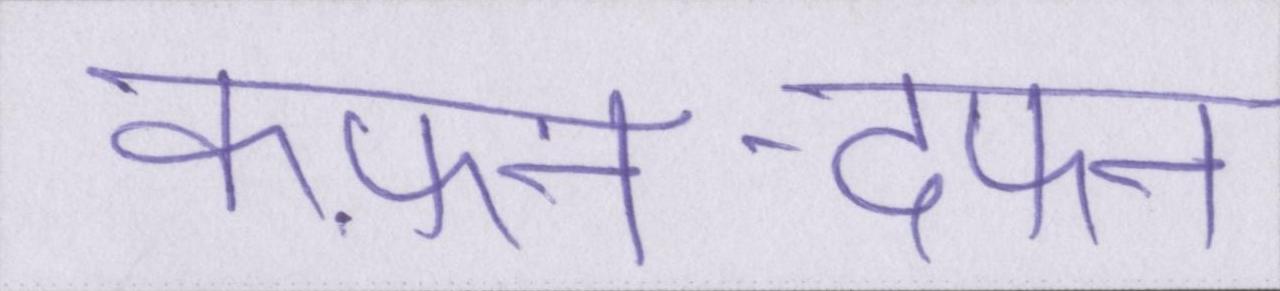
कफ़न-दफन